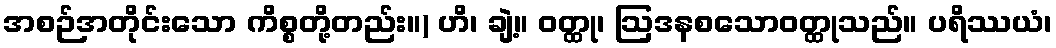
အစဉ်အတိုင်းသော ကိစ္စတို့တည်း။) ဟိ၊ ချဲ့။ ဝတ္ထု၊ ဩဒနစသောဝတ္ထုသည်။ ပရိဿယံ၊